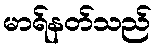
မာရ်နတ်သည်